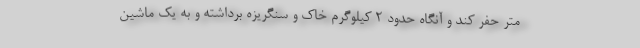
متر حفر کند و آنگاه حدود ۲ کیلوگرم خاک و سنگریزه برداشته و به یک ماشین